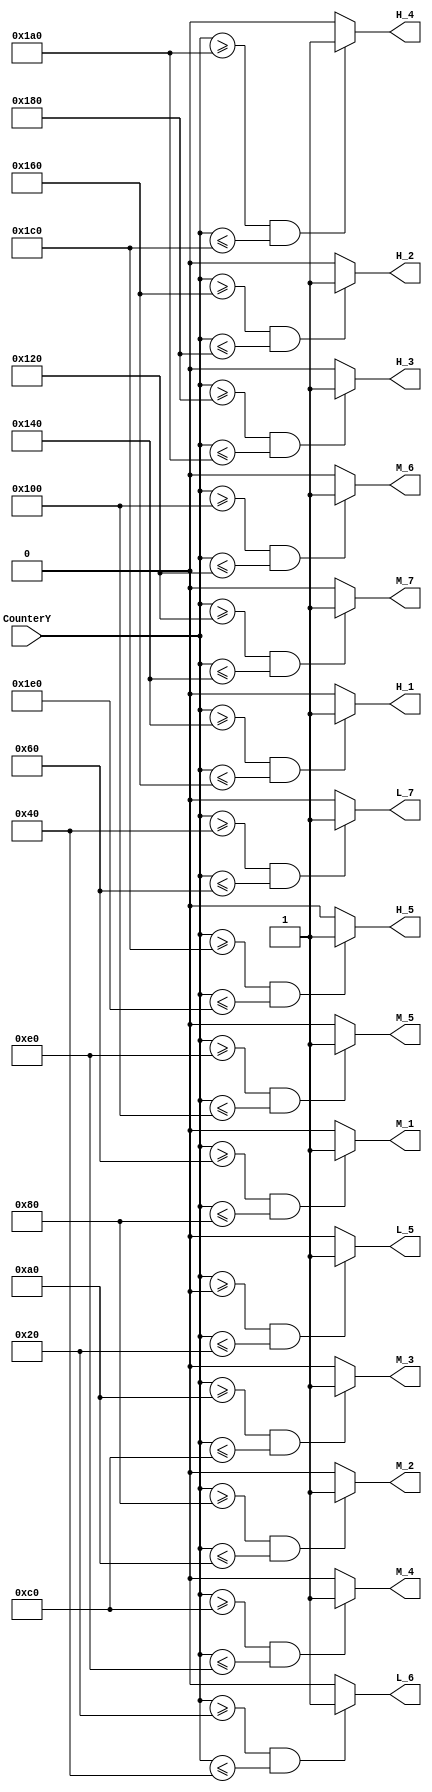
module  bar(
input [11:0]CounterY,
output L_5,
output L_6,
output L_7,
output M_1,
output M_2,
output M_3,
output M_4,
output M_5,
output M_6,
output M_7,
output H_1,
output H_2,
output H_3,
output H_4,
output H_5
);

wire [11:0]ydeta=30;
wire [11:0]yd_t =ydeta+2;
assign L_5= ((CounterY>=(yd_t*0)) && ( CounterY<=(yd_t*1)) )?1:0;
assign L_6= ((CounterY>=(yd_t*1)) && ( CounterY<=(yd_t*2)) )?1:0;  
assign L_7= ((CounterY>=(yd_t*2)) && ( CounterY<=(yd_t*3)) )?1:0;  
assign M_1= ((CounterY>=(yd_t*3)) && ( CounterY<=(yd_t*4)) )?1:0;  
assign M_2= ((CounterY>=(yd_t*4)) && ( CounterY<=(yd_t*5)) )?1:0;  
assign M_3= ((CounterY>=(yd_t*5)) && ( CounterY<=(yd_t*6)) )?1:0;  
assign M_4= ((CounterY>=(yd_t*6)) && ( CounterY<=(yd_t*7)) )?1:0;  
assign M_5= ((CounterY>=(yd_t*7)) && ( CounterY<=(yd_t*8)) )?1:0;  
assign M_6= ((CounterY>=(yd_t*8)) && ( CounterY<=(yd_t*9)) )?1:0;  
assign M_7= ((CounterY>=(yd_t*9)) && ( CounterY<=(yd_t*10)) )?1:0;  
assign H_1= ((CounterY>=(yd_t*10)) && ( CounterY<=(yd_t*11)) )?1:0;  
assign H_2= ((CounterY>=(yd_t*11)) && ( CounterY<=(yd_t*12)) )?1:0;  
assign H_3= ((CounterY>=(yd_t*12)) && ( CounterY<=(yd_t*13)) )?1:0;  
assign H_4= ((CounterY>=(yd_t*13)) && ( CounterY<=(yd_t*14)) )?1:0;  
assign H_5= ((CounterY>=(yd_t*14)) && ( CounterY<=(yd_t*15)) )?1:0;  

endmodule